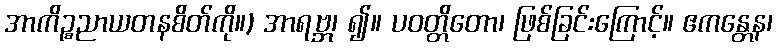
အာကိဉ္စညာယတနစိတ်ကို။) အာရဗ္ဘ၊ ၍။ ပဝတ္တိတော၊ ဖြစ်ခြင်းကြောင့်။ ဧကန္တေန၊